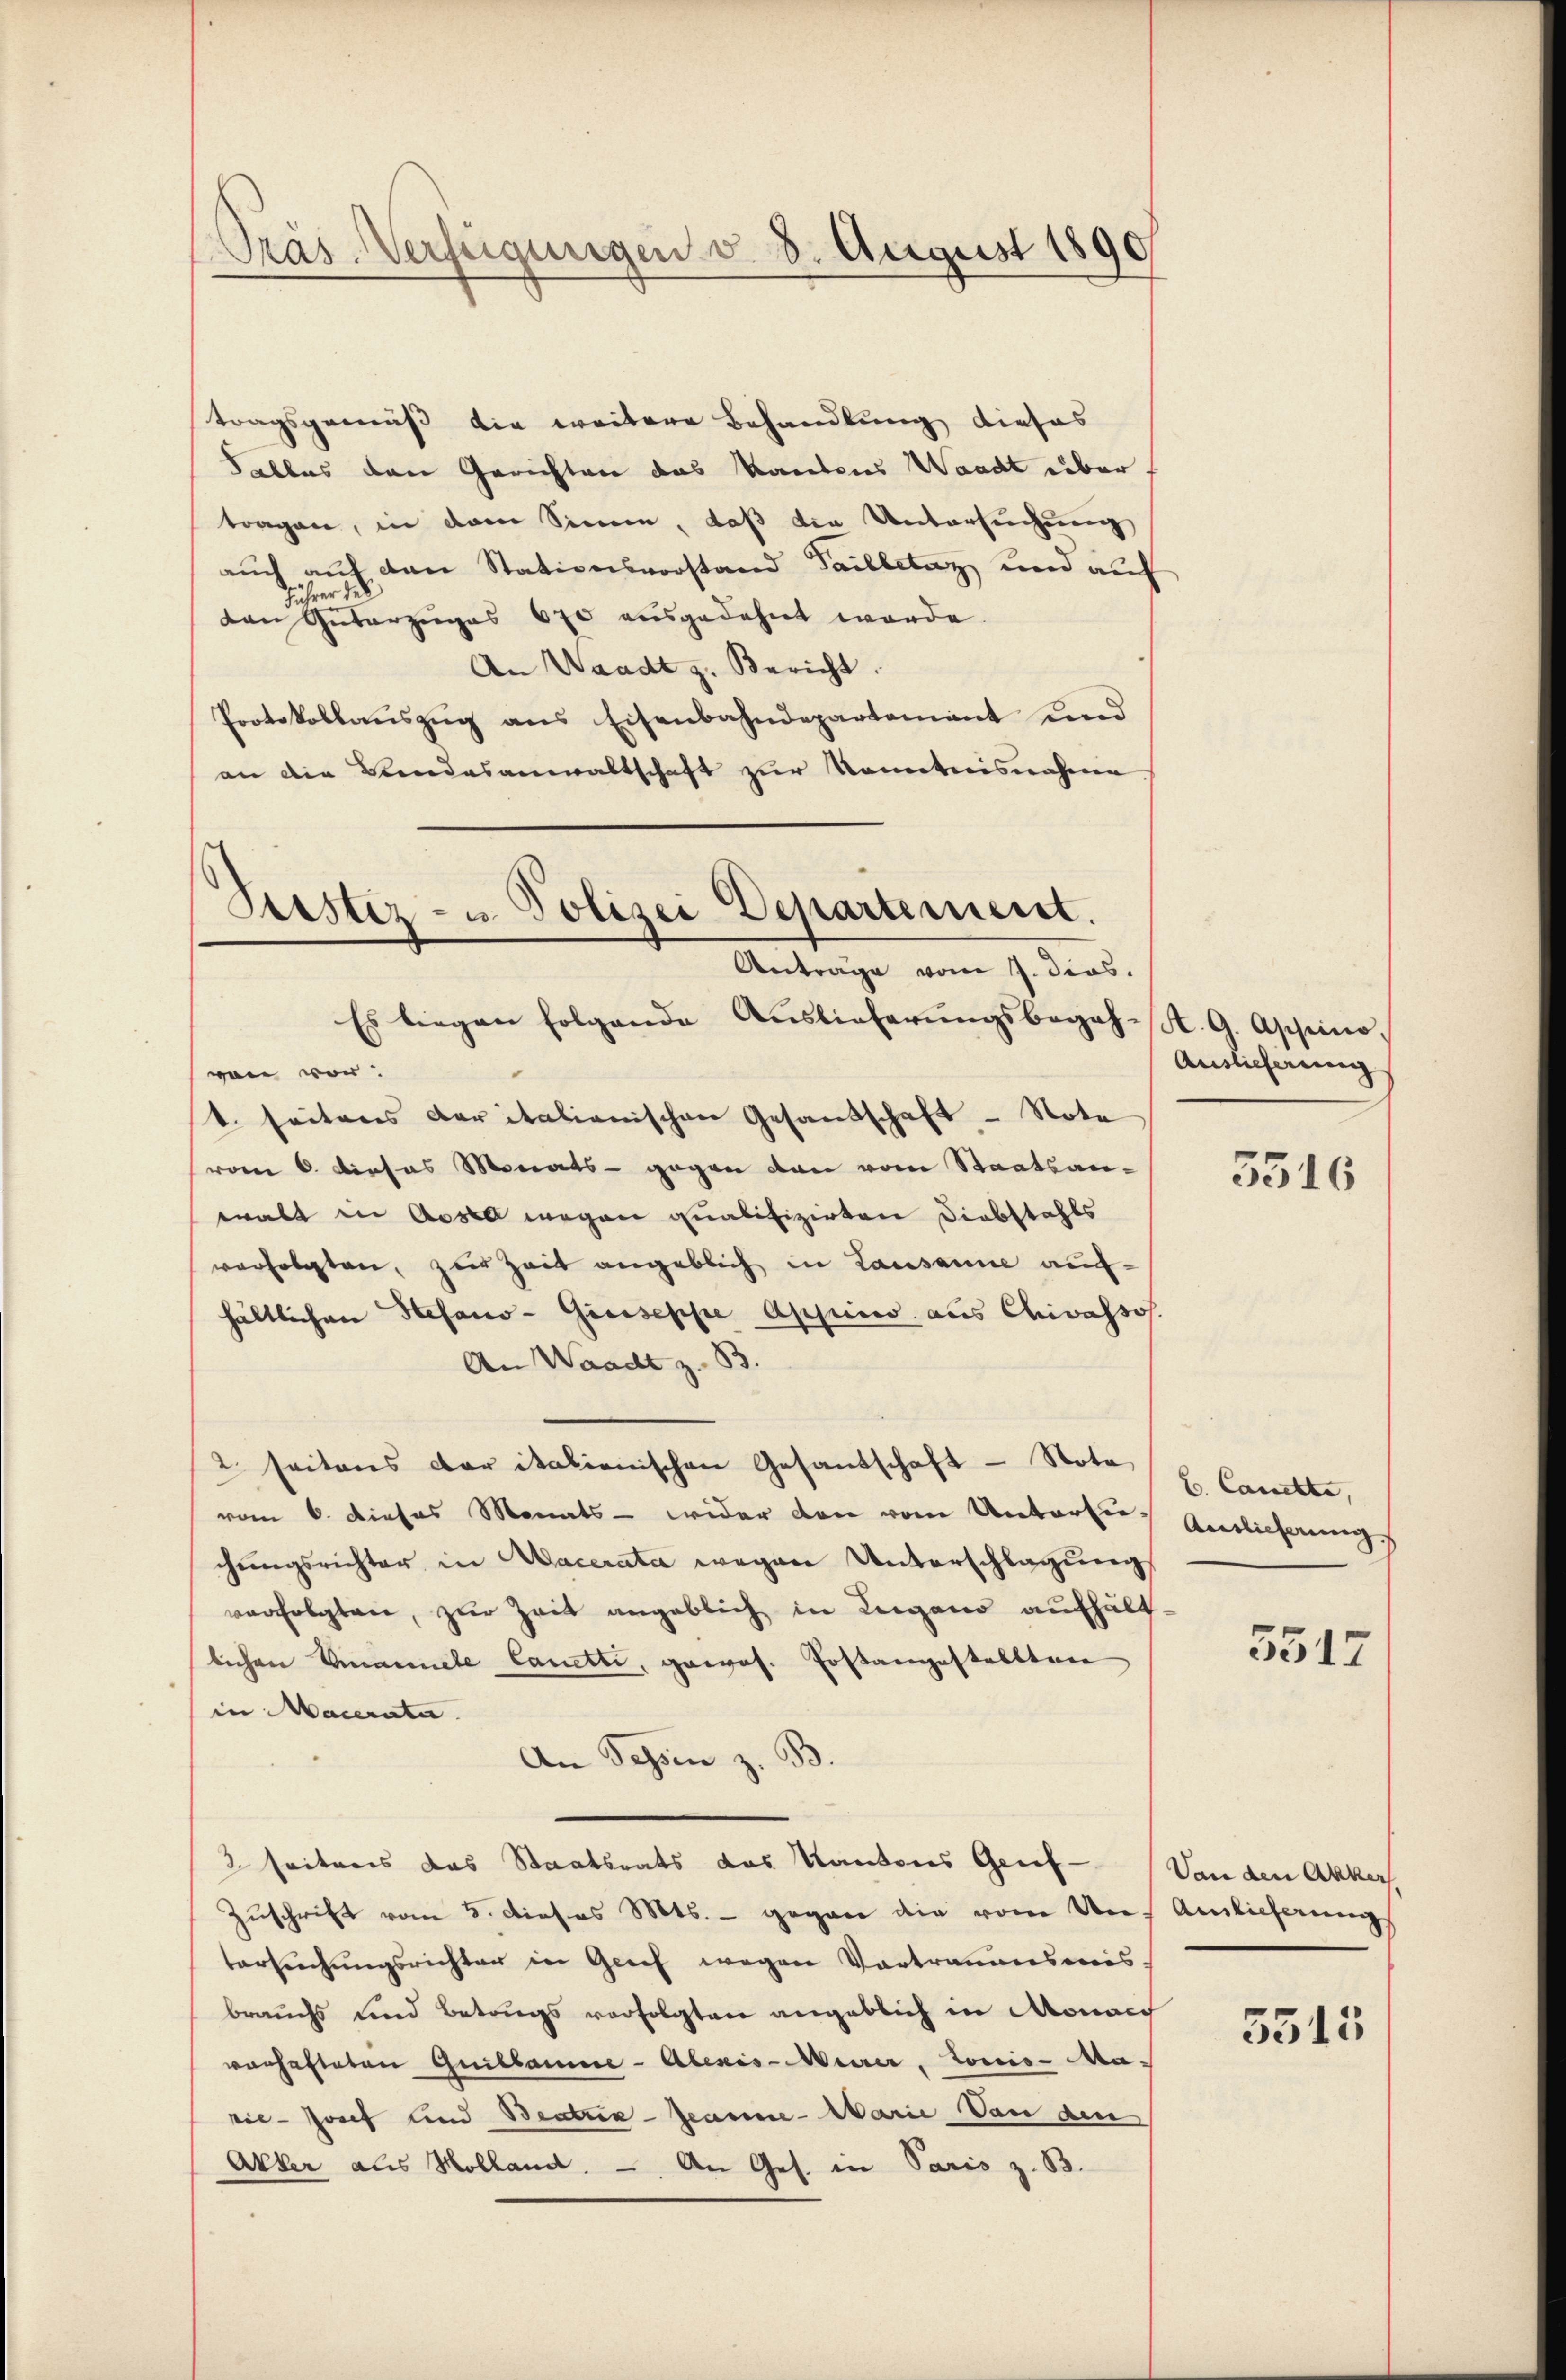
Präs-Verfügungen v. 8. August 1890

tragsgemäß die weitere Behandlung dieses
Falles den Gerichten das Kantons Waadt über.
tragen, in dem Sinnen, daß die Untersuchung
auch auf den Stationsvorstand Tailletaz und auf
ihrer des
den Geserzuges 670 ausgedehnt werde.
An Waadt z. Bericht.
Protokollaŭszŭg ans Eisenbahndepartement end
an die Bandesanwaltschaft zur Kenntnisnahme
Es liegen folgende Auslieferŭngsbegeh-K. G. Ascheinovon vor.
t. seitens der italienischen Gesandschaft - Note
vom 6. Dieses Monats - gegen von vom Staatsanwalt in Aosta wegen qualifizirten Diebstahls
verfolgten, zur Zeit angeblich in Lausanne aufhältlichen Stefano- Greiseppe Appino aus Chivassos.
An Waadt z. B.
2 seitens der italienischen Gesandschaft - Nota,
vom 6. dieses Monats - wider den vom Unterlichungsrichter in Macerata wegen Unterschlagung
verfolgten, zur Zeit angeblich in Leigano aufhältlichen Emanuele Canetti, gewos. Postangestelltene
in Macerata.
An Tessin z. B.
2 seitens das Staatsrats das Kantons Genf - Von den Akker.
Zuschrift vom 5. dieses Mts. - gegen die von Uns Auslieferung
tersŭchŭngsrichter in Grief wegen Vortraumesmis-
brauchs und Betrags verfolgten angeblich in Mona
varhafteten Guillaume - Alexis-Merer, Louis-Ma-
rie- Josef und Beatria- Jeanne- Marie Von den
Akker aus Holland. - An Ges. in Paris z. B.

Prestiz- u. Polizei Departement.
Antrage vom 7. dies.

Auslieferung

5316

C. Canckte,
Auslicherung

5517

5515